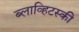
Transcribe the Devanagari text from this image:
ब्लाव्हिटस्‍की